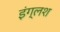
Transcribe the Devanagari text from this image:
इंग्लश